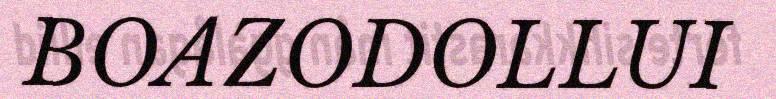
BOAZODOLLUI